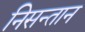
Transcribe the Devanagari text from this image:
निसन्तान